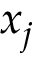
x _ { j }